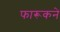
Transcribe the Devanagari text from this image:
फारूकने